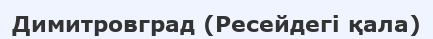
Димитровград (Ресейдегі қала)